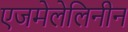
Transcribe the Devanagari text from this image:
एजमेलेलिनीन